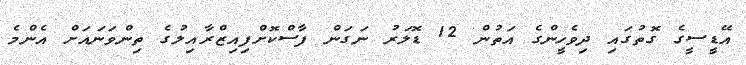
އޭޑީސީގެ ގޮތުގައި ދިވެހީންގެ އަތުން 12 ޑޮލަރު ނަގަން ފާސްކޮށްފިއިޒްރާއިލުގެ ތިންވަނައަށް އެންމެ